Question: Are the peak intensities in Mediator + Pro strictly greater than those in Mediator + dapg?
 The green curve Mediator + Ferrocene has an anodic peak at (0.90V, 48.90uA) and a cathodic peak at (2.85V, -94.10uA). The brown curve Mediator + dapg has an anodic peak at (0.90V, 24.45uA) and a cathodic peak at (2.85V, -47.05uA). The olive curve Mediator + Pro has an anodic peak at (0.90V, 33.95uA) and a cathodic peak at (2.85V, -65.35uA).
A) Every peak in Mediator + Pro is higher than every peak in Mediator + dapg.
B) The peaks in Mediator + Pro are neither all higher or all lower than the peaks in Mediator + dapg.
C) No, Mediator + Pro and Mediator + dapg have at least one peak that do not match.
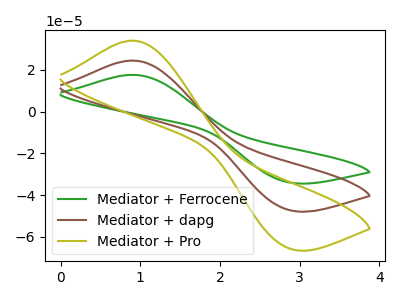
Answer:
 <answer>A) Every peak in "Mediator + Pro" is higher than every peak in "Mediator + dapg".</answer>
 <eval>A</eval>